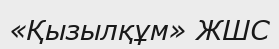
«Қызылқұм» ЖШС